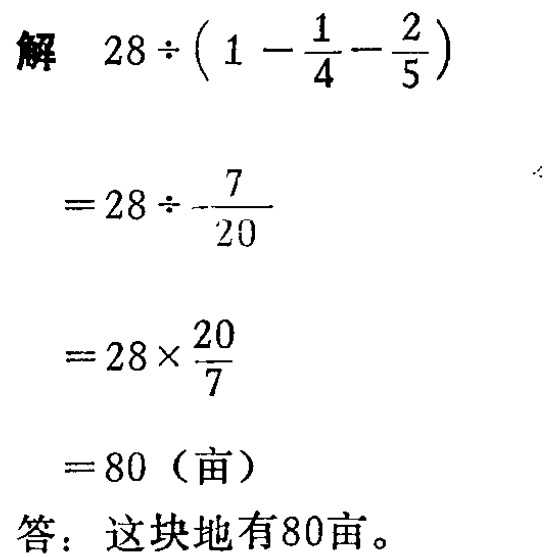
解

\[

\begin{align*}

&28\div\left(1 - \frac{1}{4}-\frac{2}{5}\right)\\

=&28\div\frac{7}{20}\\

=&28\times\frac{20}{7}\\

=&80 \text{（亩）}

\end{align*}

\]

答：这块地有80亩。